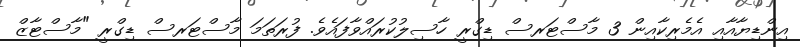
އިންޑިޔާއާއި އެމެރިކާއިން 3 މާސްޓަރސް ޑިގްރީ ހާސިލުކުރައްވާފައެވެ. ފުރަތަމަ މާސްޓަރސް ޑިގްރީ "މާސްޓާޒް